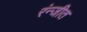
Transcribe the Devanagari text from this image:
रंन्जीत